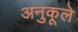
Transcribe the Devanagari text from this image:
अनुकूले